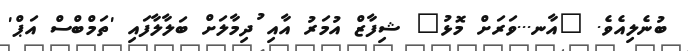
ބުނެލިއެވެ. "އާނ...ވަރަށް މޮޅު" ޝިފާޒް އުމަރު އާއި ުދިމާލަށް ބަލާލާފައި 'ތަމްބްސް އަޕް'